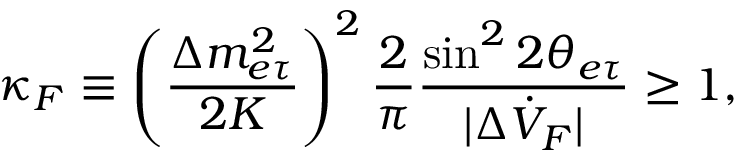
\kappa _ { F } \equiv \left( \frac { \Delta m _ { e \tau } ^ { 2 } } { 2 K } \right) ^ { 2 } \frac { 2 } { \pi } \frac { \sin ^ { 2 } 2 \theta _ { e \tau } } { | \Delta \dot { V } _ { F } | } \geq 1 ,